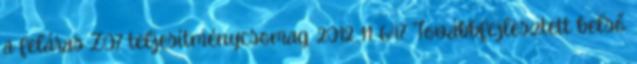
a feláras Z07 teljesítménycsomag. 2012 11 647 Továbbfejlesztett belső